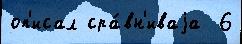
оп'исал сра́вн'иваjа  6